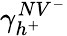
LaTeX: \gamma_{h^{+}}^{NV^{-}}